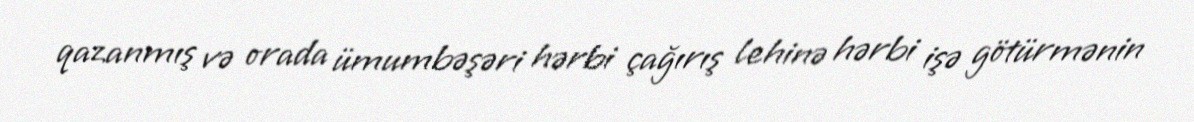
qazanmış və orada ümumbəşəri hərbi çağırış lehinə hərbi işə götürmənin